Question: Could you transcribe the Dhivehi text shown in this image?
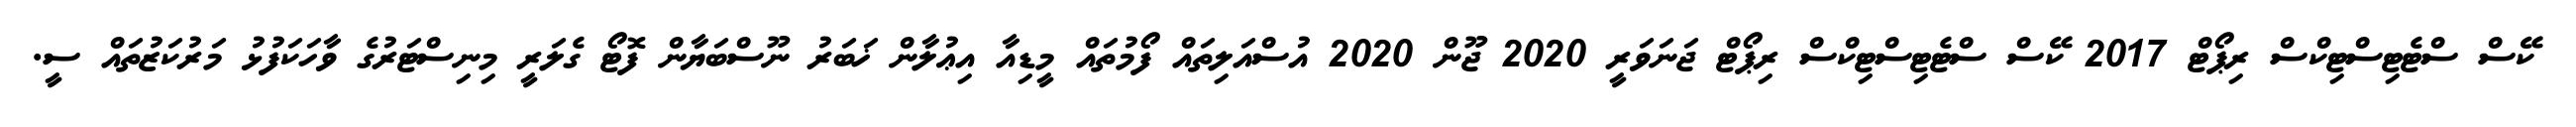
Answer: ކޭސް ސްޓެޓިސްޓިކްސް ރިޕޯޓް 2017 ކޭސް ސްޓެޓިސްޓިކްސް ރިޕޯޓް ޖަނަވަރީ 2020 ޖޫން 2020 އުސްއަލިތައް ފޯމުތައް މީޑިއާ އިޢުލާން ޚަބަރު ނޫސްބަޔާން ފޮޓޯ ގެލަރީ މިނިސްޓަރުގެ ވާހަކަފުޅު މަރުކަޒުތައް ސީ.